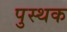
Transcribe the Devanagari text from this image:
पुस्थक